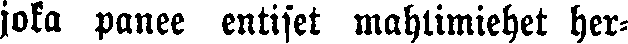
joka panee entiset mahtimiehet her-